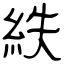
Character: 紩